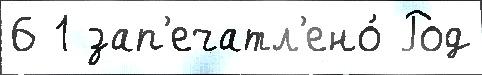
6 1 зап'ечатл'ено́ Род